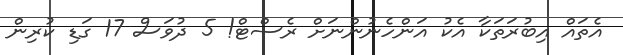
އެތައް އިބުރަތަކާ އެކު އަންހެނުންނަށް ރެސްޓް! 5 ދުވަސް 17 ގަޑި ކުރިން